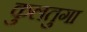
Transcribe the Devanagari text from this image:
कुलतुगा